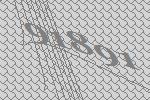
91891